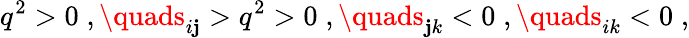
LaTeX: q^{2}>0\; ,\quads_{i\mathbf{j}}>q^{2}>0\; ,\quads_{\mathbf{j}k}<0\; ,\quads_{ik}<0\; ,